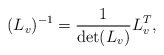
\begin{align*}(L_v)^{-1} = \frac{1}{\det(L_v)} L_v^T,\end{align*}